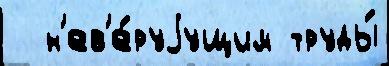
  н'ев'е́руjущим труды́